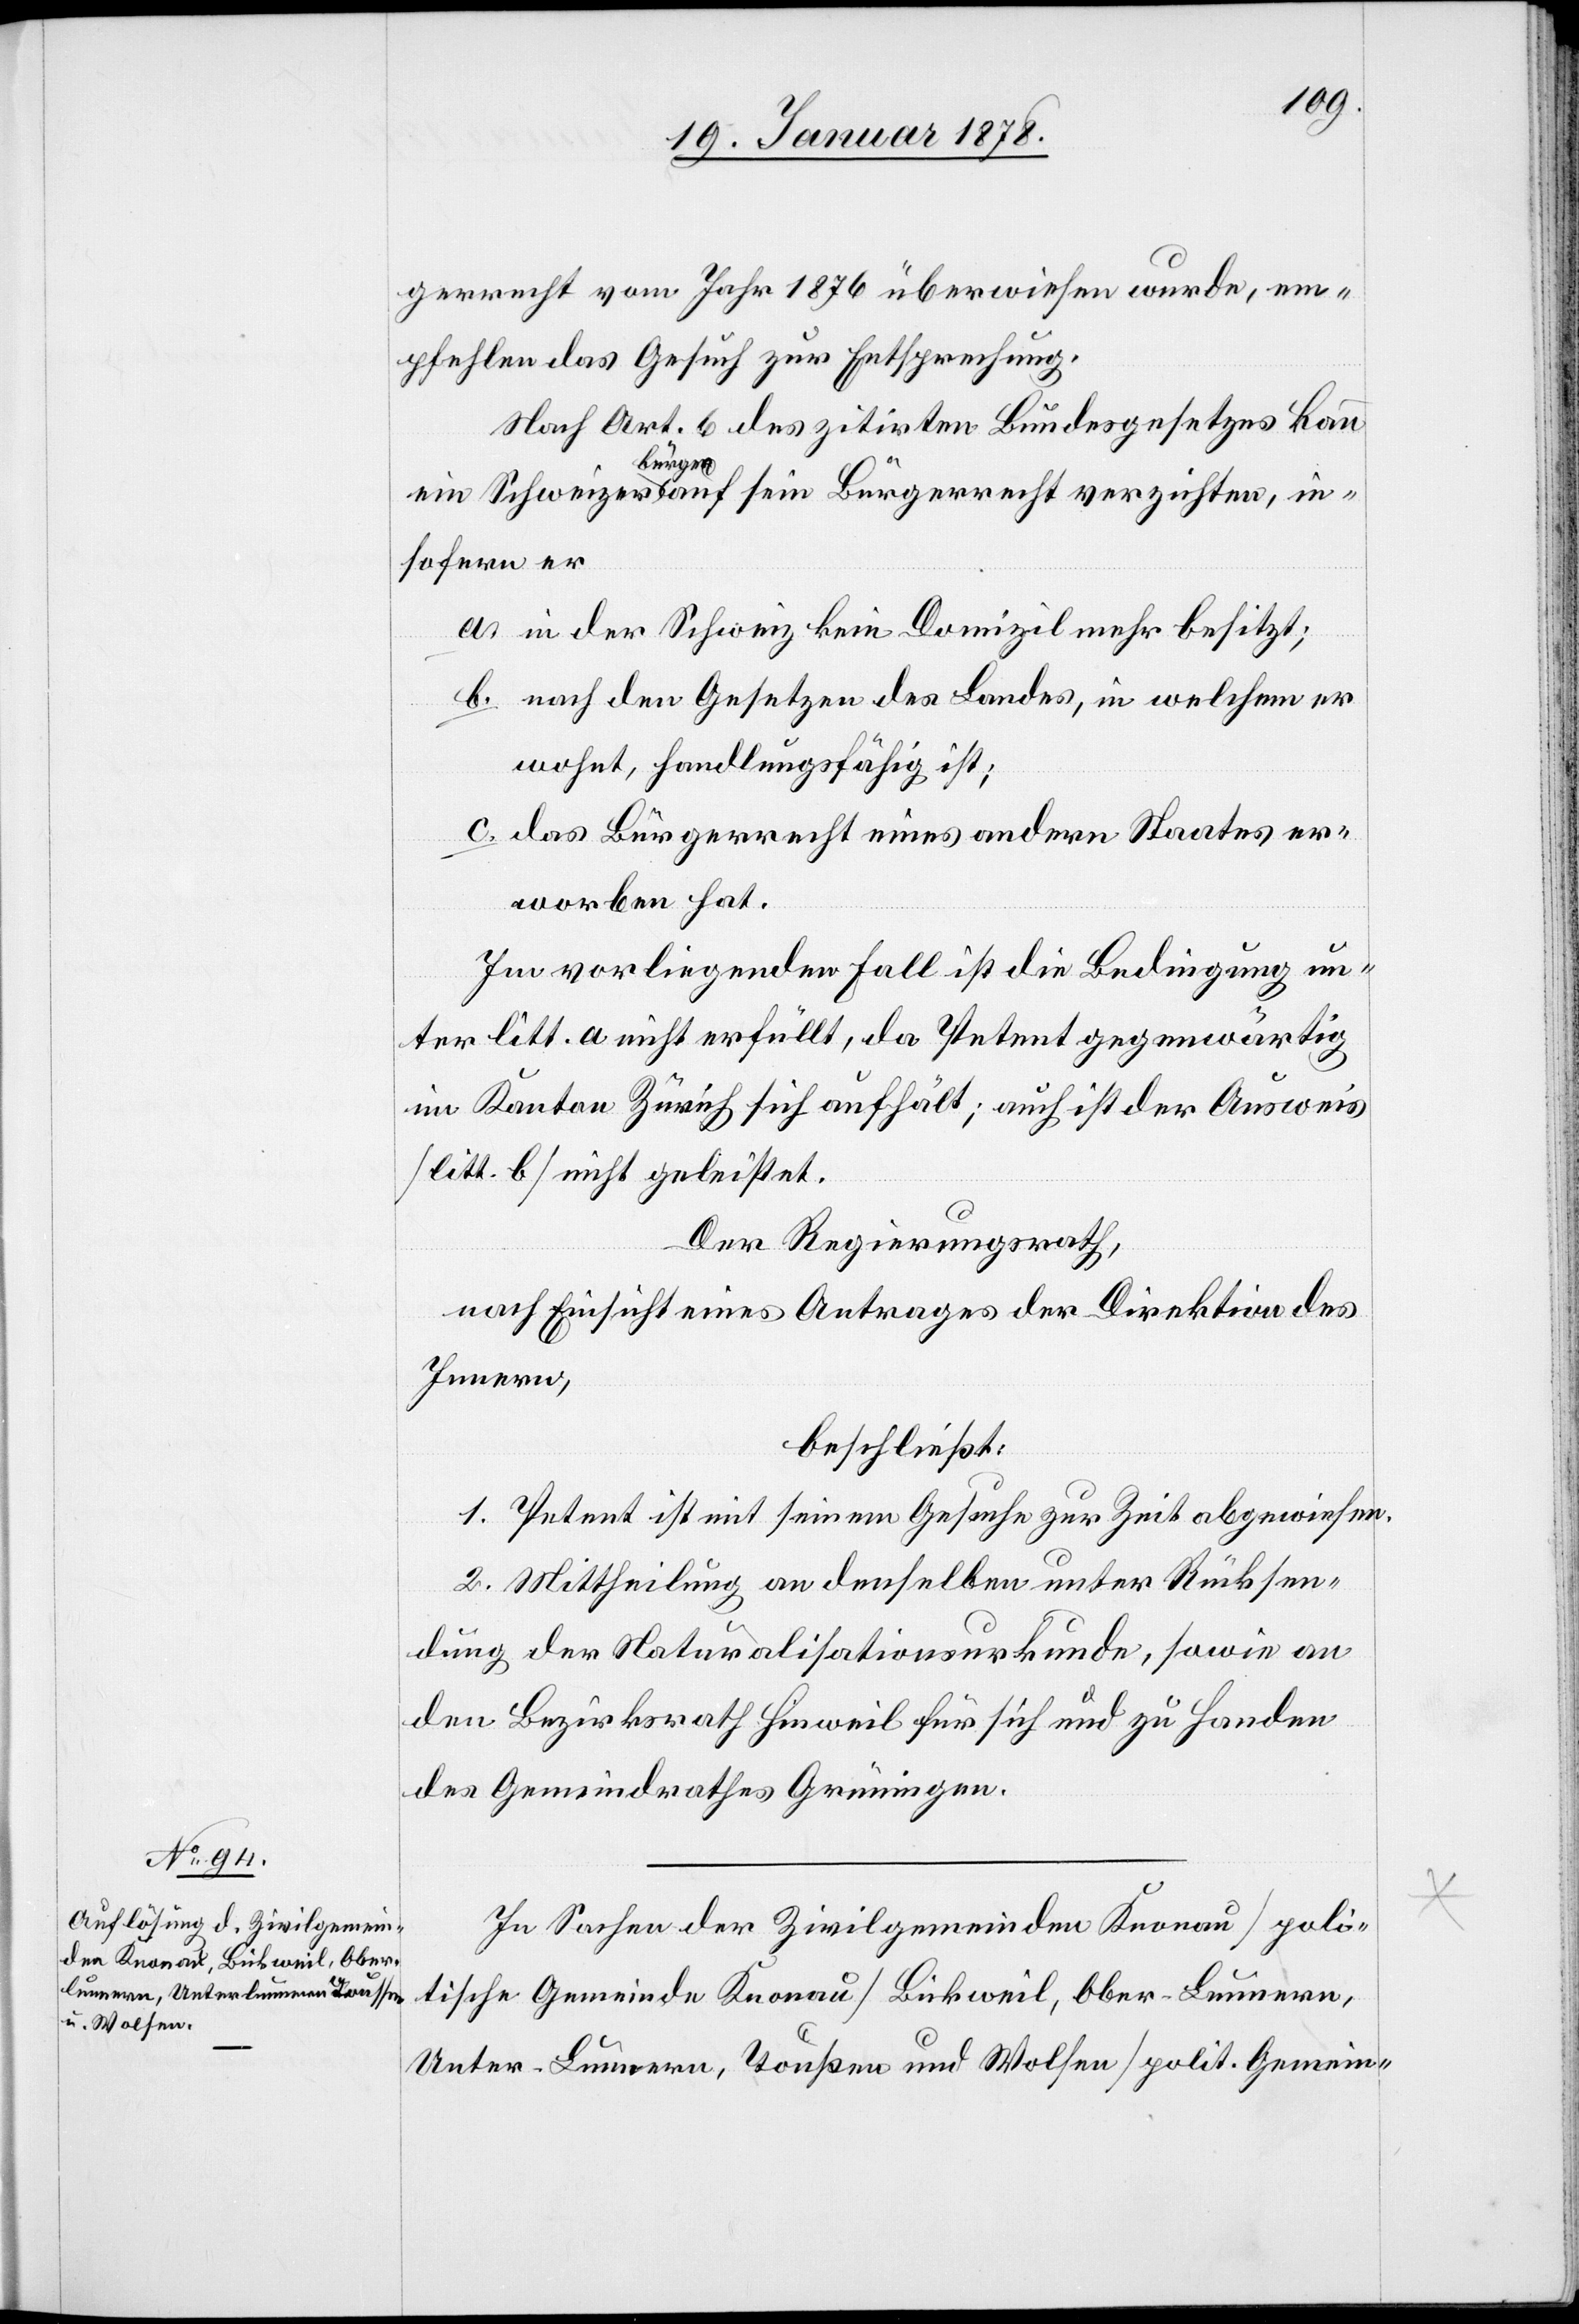
gerrecht vom Jahr 1876 überwiesen wurde, em¬
pfehlen das Gesuch zur Entsprechung.
Nach Art. 6 des zitirten Bundesgesetzes kann
insofern er
a. in der Schweiz kein Domizil mehr besitzt;
b. nach den Gesetzen des Landes, in welchem er
wohnt, handlungsfähig ist;
c. das Bürgerrecht eines andern Staates er¬
worben hat.
Im vorliegenden Fall ist die Bedingung un¬
ter litt. a nicht erfüllt, da Petent gegenwärtig
im Kanton Zürich sich aufhält; auch ist der Ausweis
(litt. b) nicht geleistet.
Der Regierungsrath,
nach Einsicht eines Antrages der Direktion des
Innern,
beschließt:
1. Petent ist mit seinem Gesuche zur Zeit abgewiesen.
2. Mittheilung an denselben unter Rücksen¬
dung der Naturalisationsurkunde, sowie an
den Bezirksrath Hinweil für sich und zu Handen
des Gemeindrathes Grüningen.
In Sachen der Zivilgemeinden Konau (poli¬
tische Gemeinde Knonau) Bickweil, Ober - Lummern,
Unter - Lummern, Toußen und Wolsen (polit. Gemein-